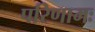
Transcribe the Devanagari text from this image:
परिणामः